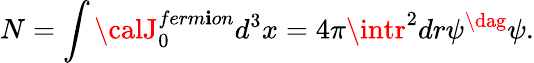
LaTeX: N=\int{\calJ}_{0}^{ferm\mathbf{i}on}d^{3}x=4\pi\intr^{2}dr\psi^{\dag}\psi.